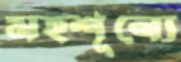
মহশূন্যে